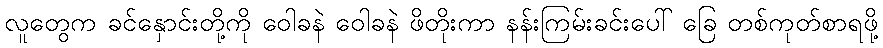
လူတွေက ခင်နှောင်းတို့ကို ဝေါခနဲ ဝေါခနဲ ဖိတိုးကာ နန်းကြမ်းခင်းပေါ် ခြေ တစ်ကုတ်စာရဖို့